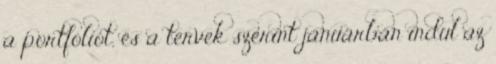
a portfóliót, és a tervek szerint januárban indul az